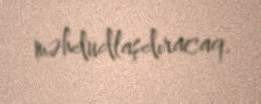
məhdudlaşdıracaq.